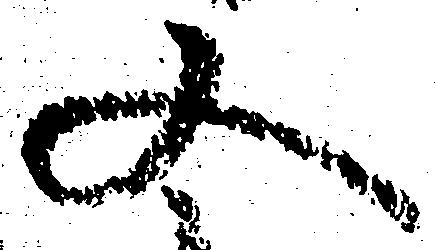
又